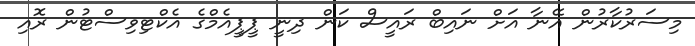
މިސަރުކާރުން އޭނާ އަށް ނައިބް ރައީސް ކަން ދިނީ ޕީޕީއެމްގެ އެކްޓިވިސްޓުން ރޮއި